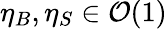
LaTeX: \eta_{B},\eta_{S}\in\mathcal{O}(1)